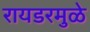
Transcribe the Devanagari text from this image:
रायडरमुळे